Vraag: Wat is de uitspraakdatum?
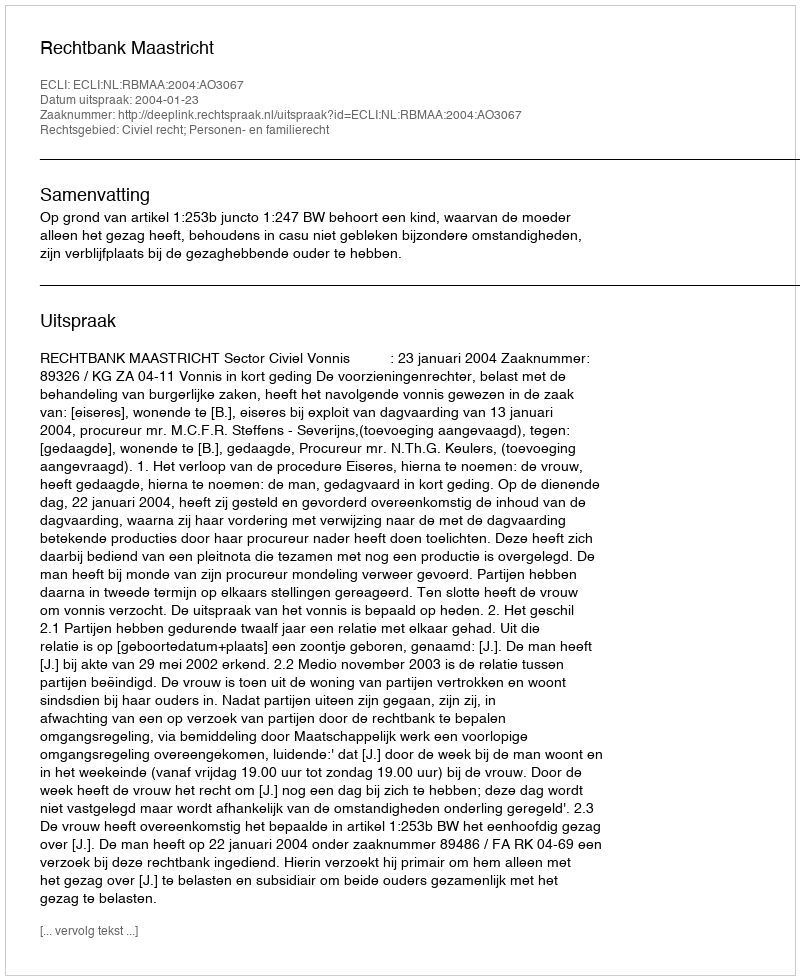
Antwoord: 2004-01-23